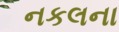
નકલના